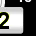
Digit: 2